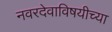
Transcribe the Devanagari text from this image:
नवरदेवाविषयीच्या